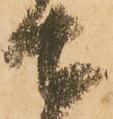
土